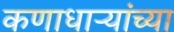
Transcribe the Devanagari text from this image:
कणाधाऱ्यांच्या